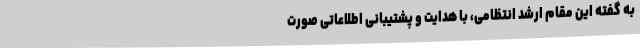
به گفته این مقام ارشد انتظامی، با هدایت و پشتیبانی اطلاعاتی صورت